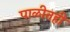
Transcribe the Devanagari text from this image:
पाळीतही